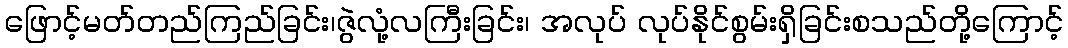
ဖြောင့်မတ်တည်ကြည်ခြင်း၊ဇွဲလုံ့လကြီးခြင်း၊ အလုပ် လုပ်နိုင်စွမ်းရှိခြင်းစသည်တို့ကြောင့်